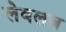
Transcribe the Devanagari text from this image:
लेबलज